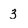
Character: 3